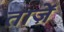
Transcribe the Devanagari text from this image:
ताज़ें